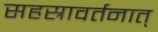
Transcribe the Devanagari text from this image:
सहस्रावर्तनात्‌